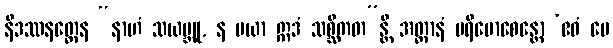
နိဒဿနတ္ထေန “နာဟံ သယမ္ဘူ, န မယာ ဣဒံ သစ္ဆိကတ”န္တိ အတ္တာနံ ပရိမောစေန္တော ‘ဧဝံ မေ